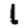
Digit: 1